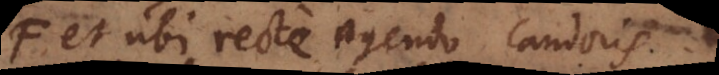
et ubi recte agendo candoris